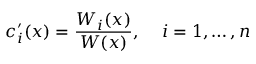
c _ { i } ^ { \prime } ( x ) = { \frac { W _ { i } ( x ) } { W ( x ) } } , \, \quad i = 1 , \ldots , n